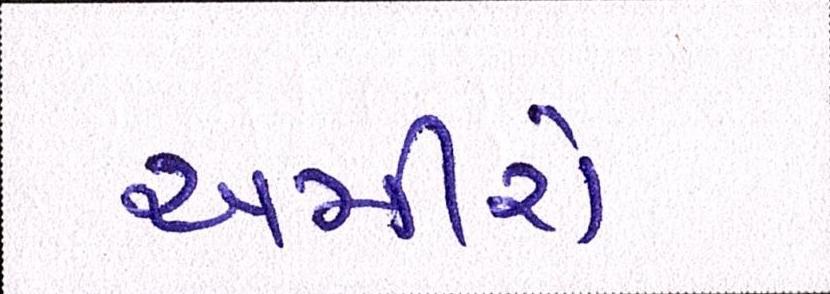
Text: અમીરો